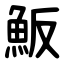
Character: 魬